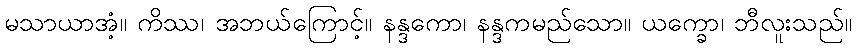
မသာယာအံ့။ ကိဿ၊ အဘယ်ကြောင့်။ နန္ဒကော၊ နန္ဒကမည်သော။ ယက္ခော၊ ဘီလူးသည်။